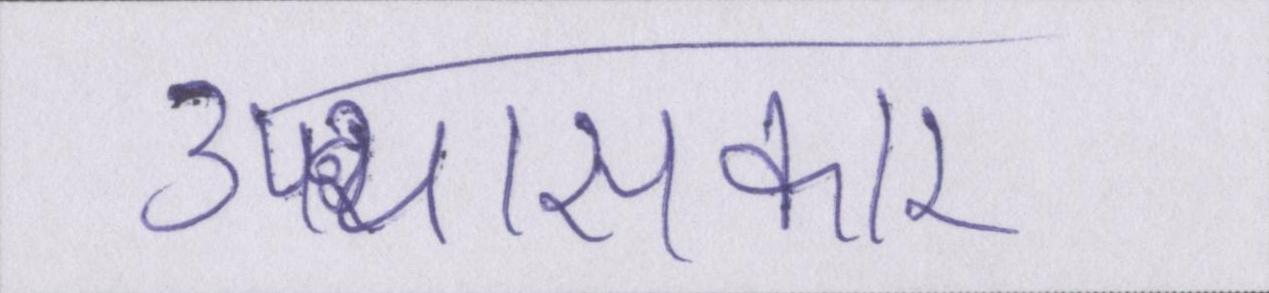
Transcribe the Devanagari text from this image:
उपन्यासकार